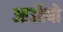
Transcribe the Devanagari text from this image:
आओघो